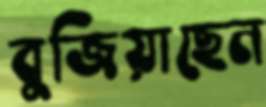
বুজিয়াছেন